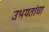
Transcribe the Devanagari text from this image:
उभयतांचा